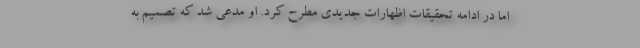
اما در ادامه تحقیقات اظهارات جدیدی مطرح کرد. او مدعی شد که تصمیم به